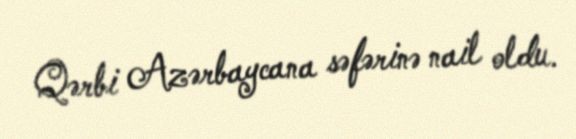
Qərbi Azərbaycana səfərinə nail oldu.